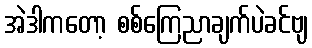
အဲဒါကတော့ စစ်ကြေညာချက်ပဲခင်ဗျ